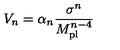
V _ { n } = \alpha _ { n } \frac { \sigma ^ { n } } { M _ { \mathrm { p l } } ^ { n - 4 } }